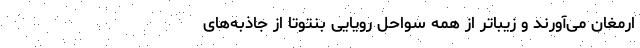
ارمغان می‌آورند و زیباتر از همه سواحل رویایی بنتوتا از جاذبه‌های